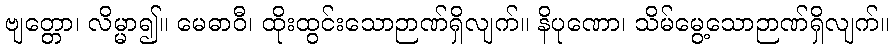
ဗျတ္တော၊ လိမ္မာ၍။ မေဓာဝီ၊ ထိုးထွင်းသောဉာဏ်ရှိလျက်။ နိပုဏော၊ သိမ်မွေ့သောဉာဏ်ရှိလျက်။